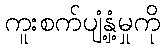
ကူးစက်ပျံ့နှံ့မှုကို